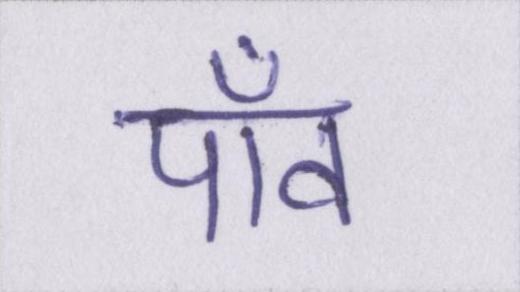
पाँव